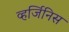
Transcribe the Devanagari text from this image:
व्हर्जिनिस